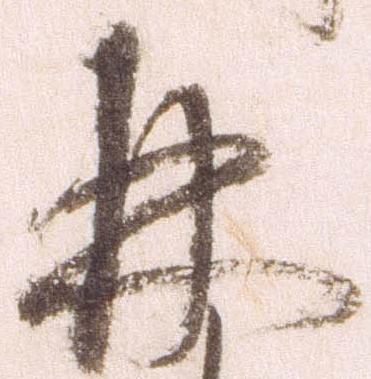
并